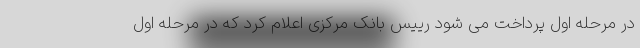
در مرحله اول پرداخت می شود رییس بانک مرکزی اعلام کرد که در مرحله اول